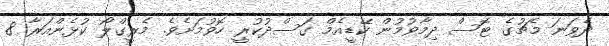
ދެވަނަ މެޗުގެ ޓޮސް ދިމާވުމުން ކޭޑީއެމް ގަސްދުކުރީ ހޮވުމަށެވެ. މެރީގްލޯ ކުޅެންއަރާ 8